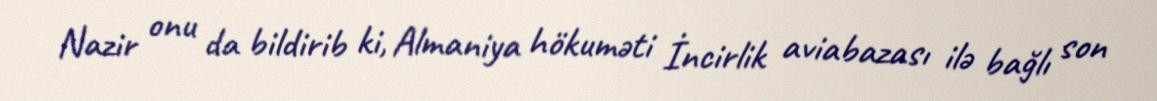
Nazir onu da bildirib ki, Almaniya hökuməti İncirlik aviabazası ilə bağlı son